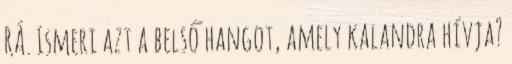
RÁ. Ismeri azt a belső hangot, amely kalandra hívja?